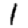
Digit: 1